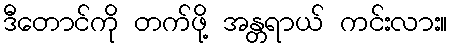
ဒီတောင်ကို တက်ဖို့ အန္တရာယ် ကင်းလား။